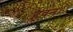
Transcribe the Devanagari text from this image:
हवन।